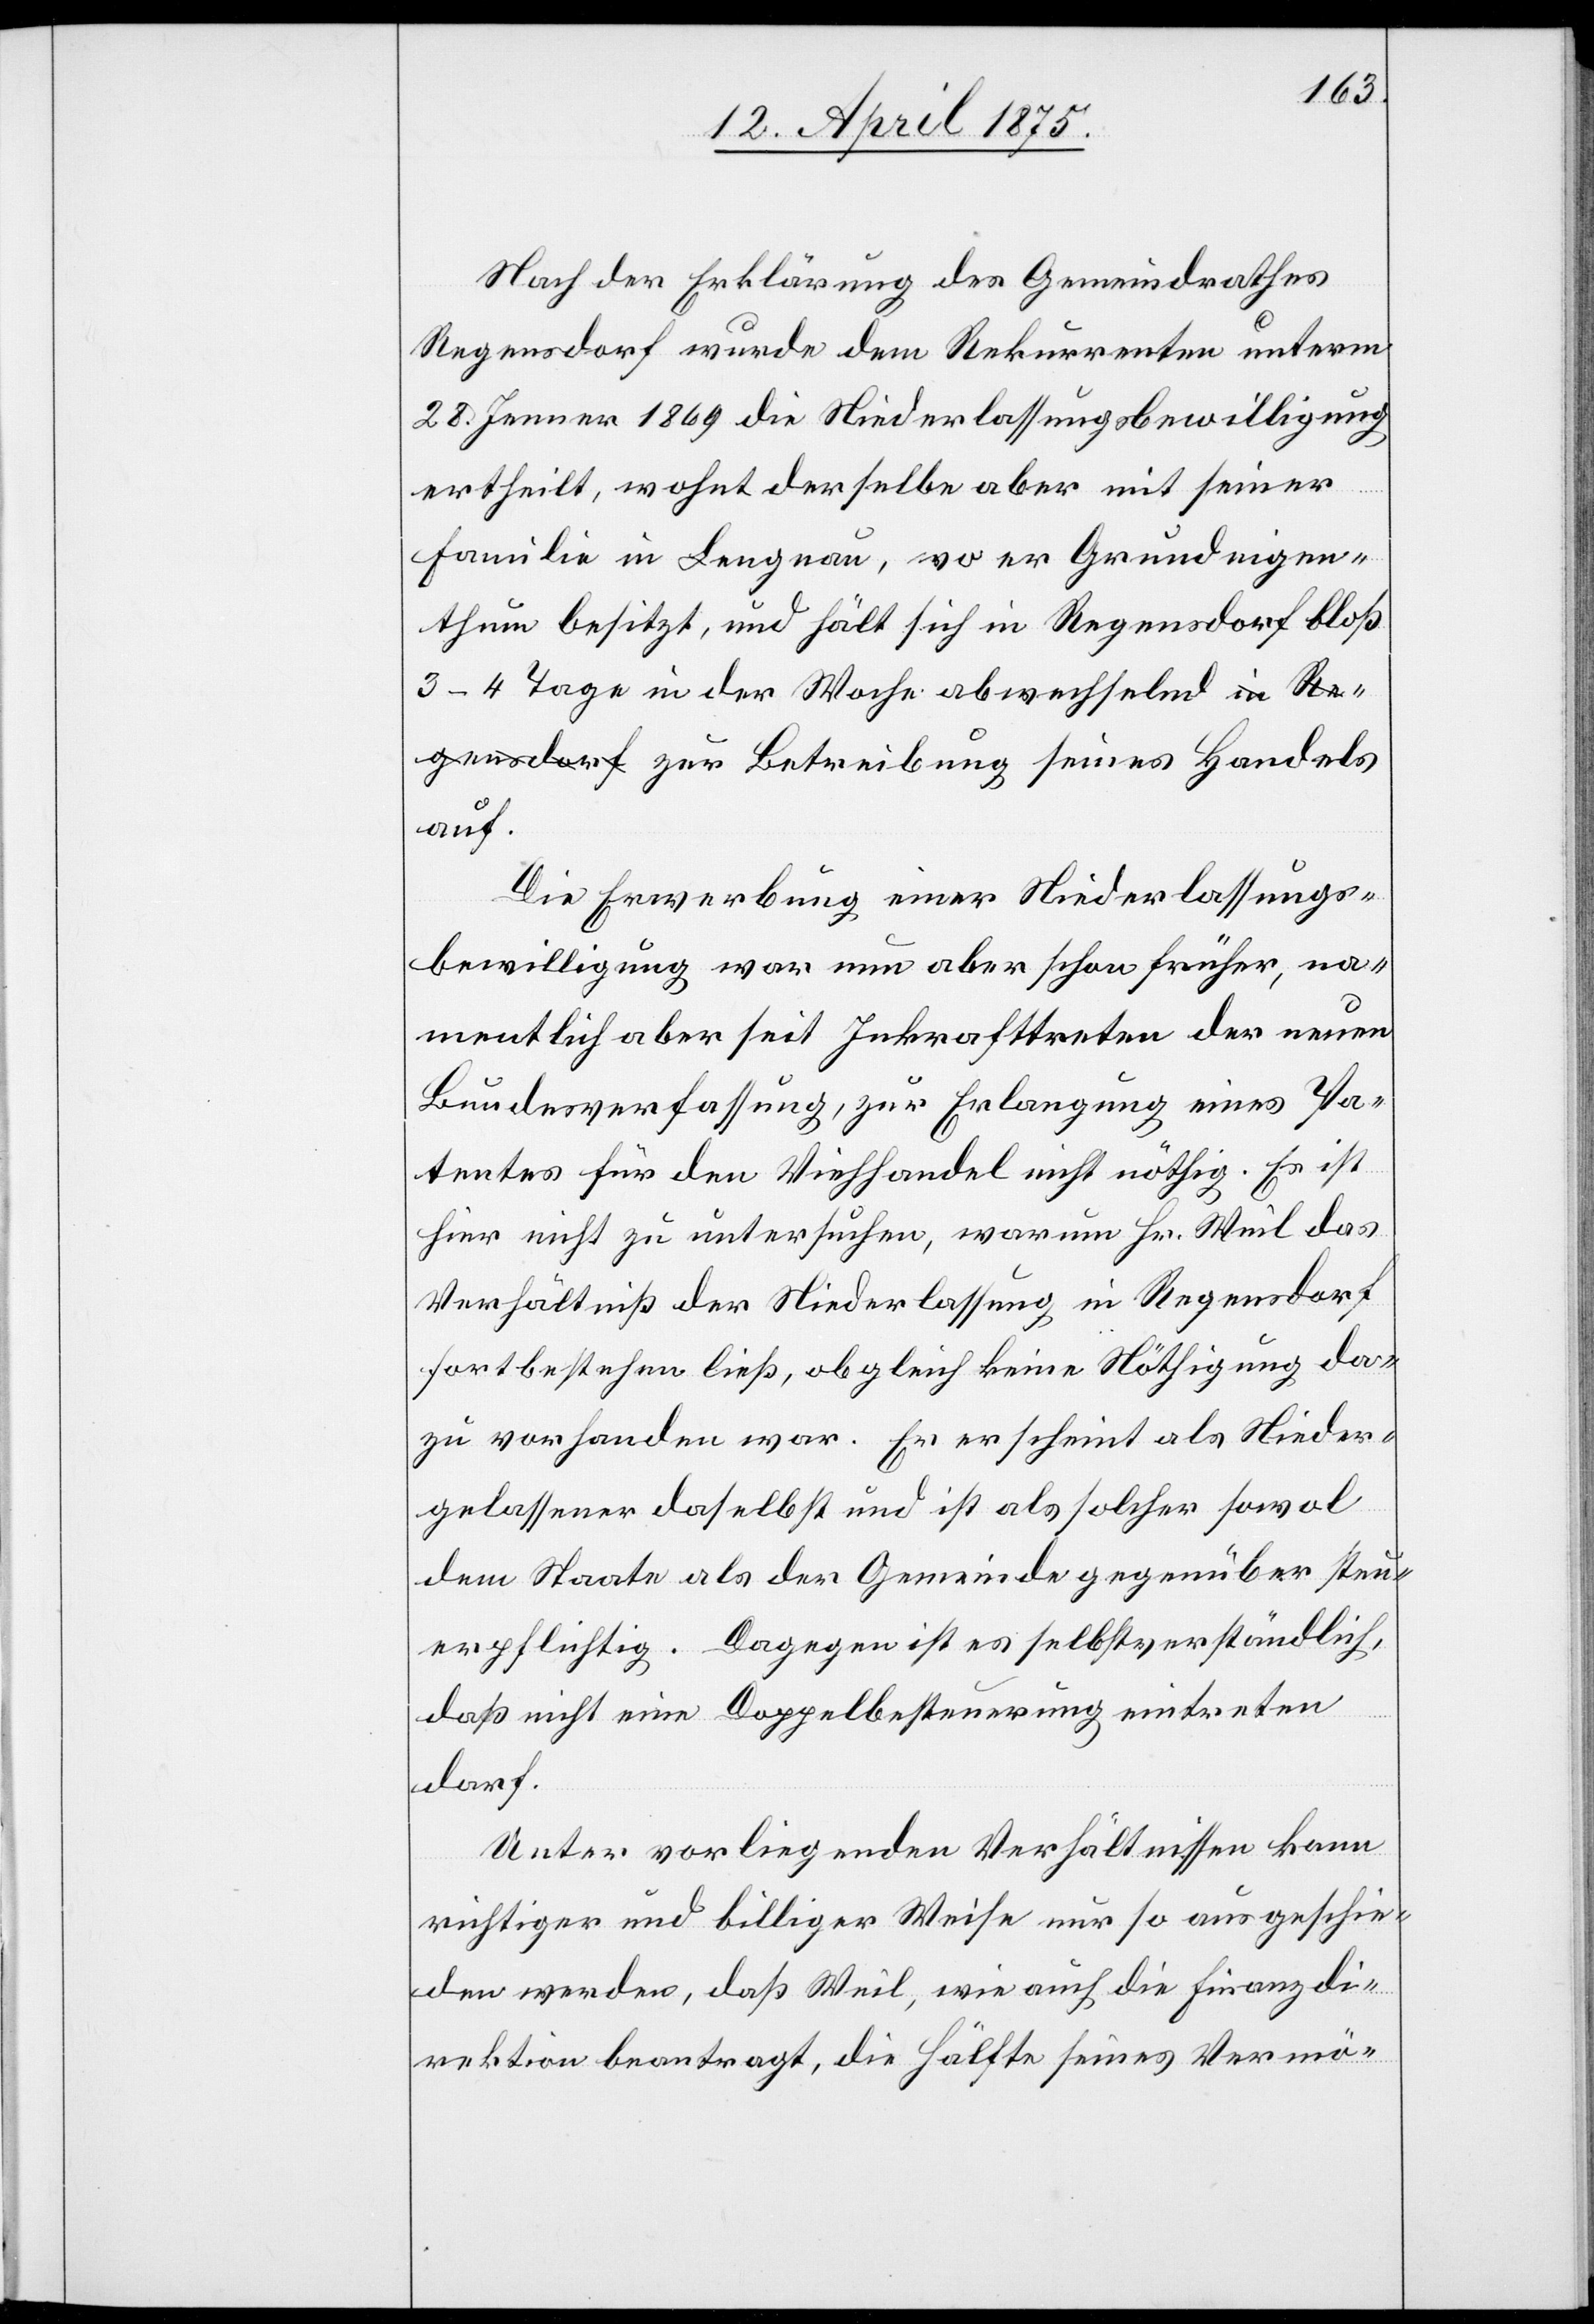
Nach der Erklärung des Gemeindrathes
Regensdorf wurde dem Rekurrenten unterm
28. Jenner 1869 die Niederlassungsbewilligung
ertheilt, wohnt derselbe aber mit seiner
Familie in Lengnau, wo er Grundeigen¬
thum besitzt, und hält sich in Regensdorf bloß
3–4 Tage in der Woche abwechselnd zur Bet¬
auf.
Die Erwerbung einer Niederlassungs¬
bewilligung war nun aber schon früher, na¬
mentlich aber seit Inkrafttreten der neuen
Bundesverfassung, zur Erlangung eines Pa¬
tentes für den Viehhandel nicht nöthig. Es ist
hier nicht zu untersuchen, warum Hr. Weil das
Verhältniß der Niederlassung in Regensdorf
fortbestehen ließ, obgleich keine Nöthigung da¬
zu vorhanden war. Er erscheint als Nieder¬
gelassener daselbst und ist als solcher sowol
dem Staate als der Gemeinde gegenüber steu¬
erpflichtig. Dagegen ist es selbstverständlich,
daß nicht eine Doppelbesteuerung eintreten
darf.
Unter vorliegenden Verhältnissen kann
richtiger und billiger Weise nur so ausgeschie¬
den werden, daß Weil, wie auch die Finanzdi¬
rektion beantragt, die Hälfte seines Vermö-